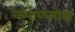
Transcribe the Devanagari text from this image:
कपाळमोक्ष